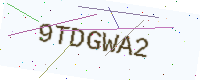
Text: 9TDGWA2